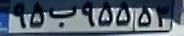
۹۵ب۹۵۵۵۳